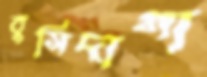
বুসিদাগা